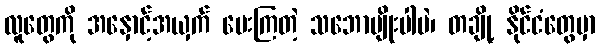
လူတွေကို အနှောင့်အယှက် ပေးကြတဲ့ သဘောမျိုးပါပဲ၊ တချို့ နိုင်ငံတွေမှာ